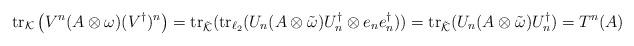
LaTeX: \begin{align*}\operatorname{tr}_{\mathcal K}\left( V^n(A\otimes\omega)(V^\dagger)^n \right)= \operatorname{tr}_{\tilde{\mathcal K}}(\operatorname{tr}_{\ell_2}(U_n( A\otimes\tilde\omega ) U_n^\dagger\otimes e_ne_n^\dagger))= \operatorname{tr}_{\tilde{\mathcal K}}( U_n( A\otimes\tilde\omega )U_n^\dagger ) = T^n( A)\end{align*}